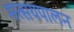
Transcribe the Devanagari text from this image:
मत्सयपालन